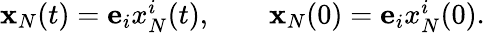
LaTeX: \begin{array}{r}{{\mathbf x}_{N}(t)={\mathbf e}_{i}x_{N}^{i}(t),\qquad{\mathbf x}_{N}(0)={\mathbf e}_{i}x_{N}^{i}(0).}\end{array}